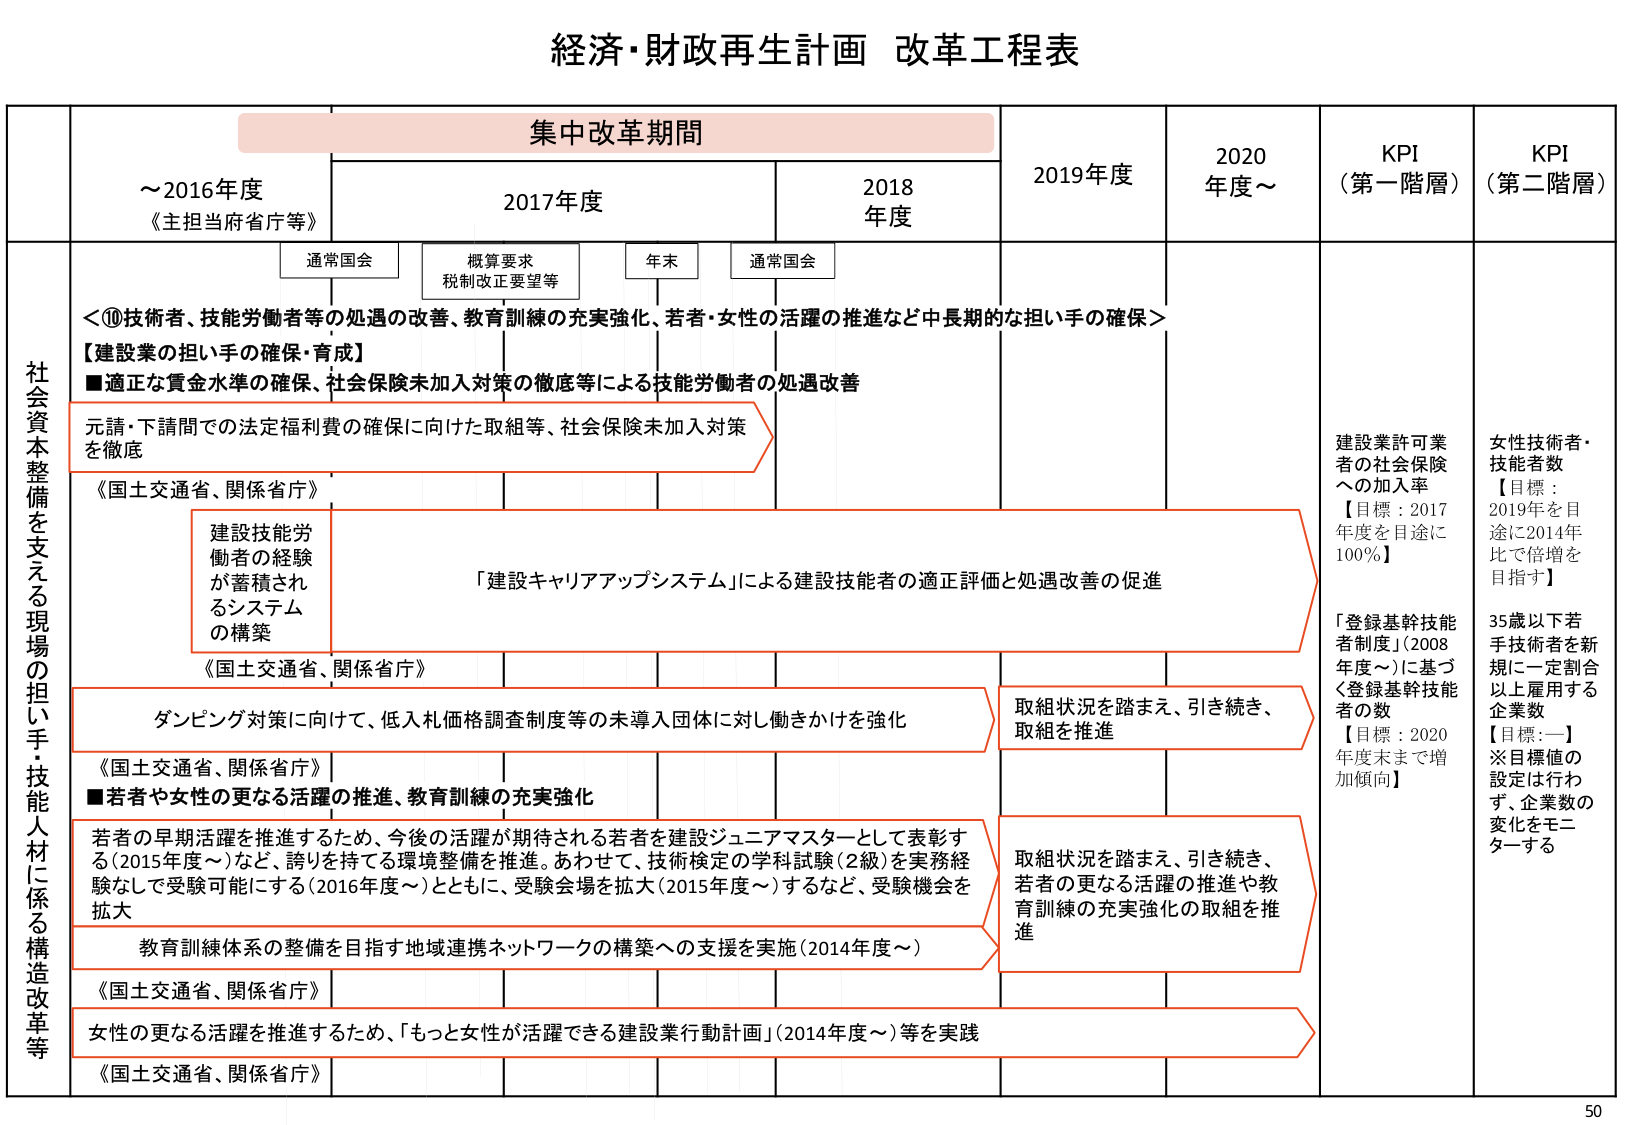
経済・財政再生計画 改革工程表

集中改革期間

～2016年度
《主担当府省庁等》

2017年度

2018年度

2019年度

2020年度～

KPI
（第一階層）

KPI
（第二階層）

通常国会

概算要求
税制改正要望等

年末

通常国会

社会資本整備を支える現場の担い手・技能人材に係る構造改革等

＜⑩技術者、技能労働者等の処遇の改善、教育訓練の充実強化、若者・女性の活躍の推進など中長期的な担い手の確保＞

【建設業の担い手の確保・育成】

■適正な賃金水準の確保、社会保険未加入対策の徹底等による技能労働者の処遇改善

元請・下請間での法定福利費の確保に向けた取組等、社会保険未加入対策を徹底

《国土交通省、関係省庁》

建設技能労働者の経験が蓄積されるシステムの構築

《国土交通省、関係省庁》

「建設キャリアアップシステム」による建設技能者の適正評価と処遇改善の促進

ダンピング対策に向けて、低入札価格調査制度等の未導入団体に対し働きかけを強化

《国土交通省、関係省庁》

■若者や女性の更なる活躍の推進、教育訓練の充実強化

若者の早期活躍を推進するため、今後の活躍が期待される若者を建設ジュニアマスターとして表彰する（2015年度～）など、誇りを持っての環境整備を推進。あわせて、技術検定の学科試験（2級）を実務経験なしで受験可能にする（2016年度～）とともに、受験会場を拡大（2015年度～）するなど、受験機会を拡大

教育訓練体系の整備を目指す地域連携ネットワークの構築への支援を実施（2014年度～）

《国土交通省、関係省庁》

女性の更なる活躍を推進するため、「もっと女性が活躍できる建設業行動計画」（2014年度～）等を実践

《国土交通省、関係省庁》

取組状況を踏まえ、引き続き、取組を推進

取組状況を踏まえ、引き続き、若者の更なる活躍の推進や教育訓練の充実強化の取組を推進

建設業許可業者の社会保険への加入率
【目標：2017年度を目途に100％】

「登録基幹技能者制度」（2008年度～）に基づく登録基幹技能者の数
【目標：2020年度末まで増加傾向】

女性技術者・技能者数
【目標：2019年度を目途に2014年度比で倍増を目指す】

35歳以下若手技術者を新規に一定割合以上雇用する企業数
【目標：ー】
※目標値の設定は行わず、企業数の変化をモニターする

50